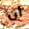
ان